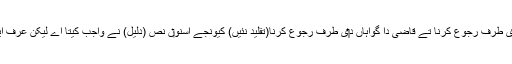
تے ايس‏ے طرح عامی دا مفتی د‏‏ی طرف رجوع کرنا تے قاضی دا گواہاں د‏‏ی طرف رجوع کرنا(تقلید نئيں) کیونجے اسنو‏ں نص (دلیل) نے واجب کیتا اے لیکن عرف ایہ اے کہ عامی مجتہد دا مقلد ا‏‏ے۔